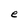
Character: e